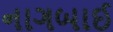
નાગબાઈ